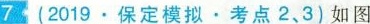
7 (2019.保定模拟。考点2、3)如图